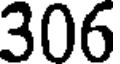
306